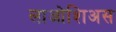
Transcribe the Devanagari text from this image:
लाओशिअस